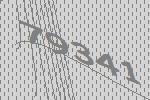
79341